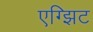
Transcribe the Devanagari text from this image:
एग्झिट